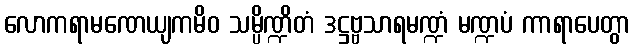
လောကရာမဏေယျကမိဝ သမ္ပိဏ္ဍိတံ ဒဋ္ဌဗ္ဗသာရမဏ္ဍံ မဏ္ဍပံ ကာရာပေတွာ